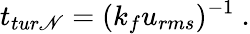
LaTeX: t_{tur\mathscr{N}}=(k_{f}u_{rms})^{-1}~.